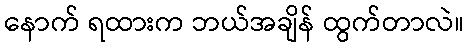
နောက် ရထားက ဘယ်အချိန် ထွက်တာလဲ။